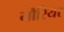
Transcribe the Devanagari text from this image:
मौरियर